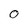
Character: O